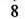
8